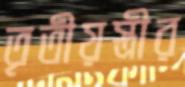
তৃতীয়স্ত্রীর